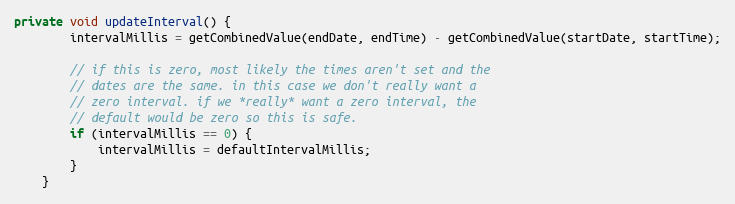
Language: Java
private void updateInterval() {
        intervalMillis = getCombinedValue(endDate, endTime) - getCombinedValue(startDate, startTime);

        // if this is zero, most likely the times aren't set and the
        // dates are the same. in this case we don't really want a
        // zero interval. if we *really* want a zero interval, the
        // default would be zero so this is safe.
        if (intervalMillis == 0) {
            intervalMillis = defaultIntervalMillis;
        }
    }